Regulations for the medical services of the Army of India
Year: 1930
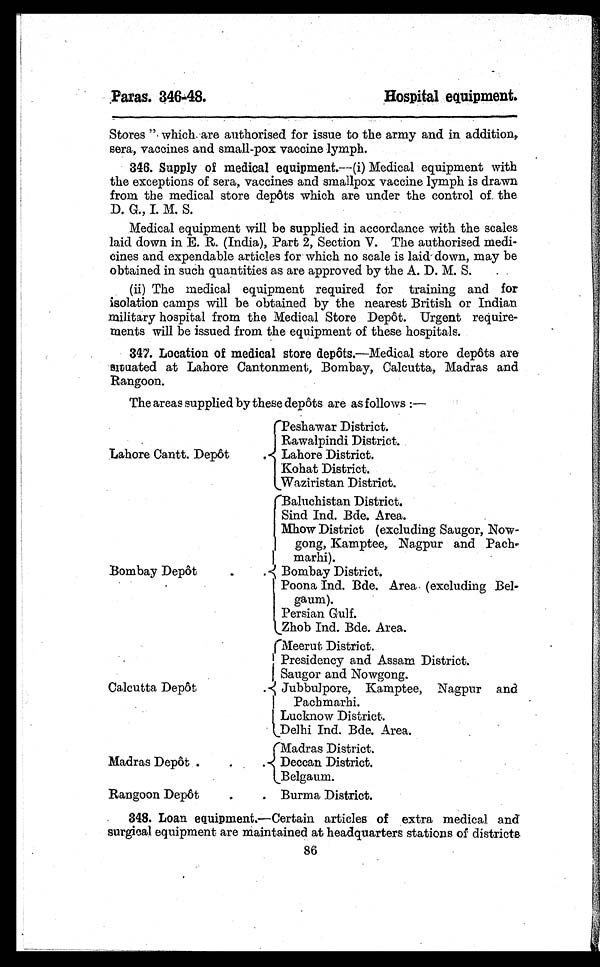
Paras. 346-48.
Hospital equipment.
Stores", which are authorised for issue to the army and in addition,
sera, vaccines and small-pox vaccine lymph.
346. Supply of medical equipment. —(i) Medical equipment with
the exceptions of sera, vaccines and smallpox vaccine lymph is drawn
from the medical store depôts which are under the control of the
D. G., I. M. S.
Medical equipment will be supplied in accordance with the scales
laid down in E. R. (India), Part 2, Section V. The authorised medi-
cines and expendable articles for which no scale is laid down, may be
obtained in such quantities as are approved by the A. D. M. S.
(ii) The medical equipment required for training and for
isolation camps will be obtained by the nearest British or Indian
military hospital from the Medical Store Depôt. Urgent require-
ments will be issued from the equipment of these hospitals.
347. Location of medical store depôts.—Medical store depôts are
situated at Lahore Cantonment, Bombay, Calcutta, Madras and
Rangoon.
The areas supplied by these depôts are as follows :—
Lahore Cantt. Depôt
Peshawar District.
Rawalpindi District.
Lahore District.
Kohat District.
Waziristan District.
Bombay Depôt
Baluchistan District.
Sind Ind. Bde. Area.
Mhow District (excluding Saugor, Now-
gong, Kamptee, Nagpur and Pach-
marhi).
Bombay District.
Poona Ind. Bde. Area (excluding Bel-
gaum).
Persian Gulf.
Zhob Ind. Bde. Area.
Calcutta Depôt
Meerut District.
Presidency and Assam District.
Saugor and Nowgong.
Jubbulpore, Kamptee, Nagpur and
Pachmarhi.
Lucknow District.
Delhi Ind. Bde. Area.
Madras Depôt
Madras District.
Deccan District.
Belgaum.
Rangoon Depôt
Burma District.
348. Loan equipment.—Certain articles of extra medical and
surgical equipment are maintained at headquarters stations of districts
86